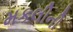
મકલીની